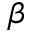
\beta